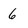
Character: 6